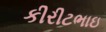
કીરીટભાઇ